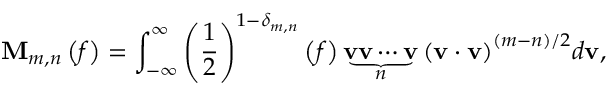
{ \bf { M } } _ { m , n } \left( f \right) = \int _ { - \infty } ^ { \infty } { { { \left( { \frac { 1 } { 2 } } \right) } ^ { 1 - { \delta _ { m , n } } } } \left( f \right) \underbrace { { { \bf { v } } } { { \bf { v } } } \cdots { { \bf { v } } } } _ { n } { { \left( { { { \bf { v } } } \cdot { { \bf { v } } } } \right) } ^ { \left( { m - n } \right) / 2 } } d { \bf { v } } } ,